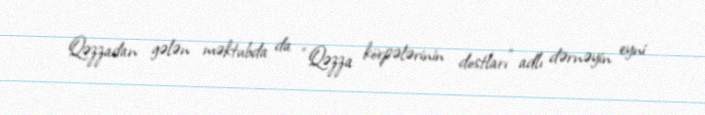
Qəzzadan gələn məktubda da “Qəzza körpələrinin dostları” adlı dərnəyin eyni